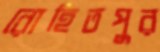
রোহিতপুর